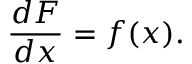
{ \frac { d F } { d x } } = f ( x ) .